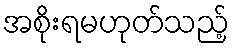
အစိုးရမဟုတ်သည့်